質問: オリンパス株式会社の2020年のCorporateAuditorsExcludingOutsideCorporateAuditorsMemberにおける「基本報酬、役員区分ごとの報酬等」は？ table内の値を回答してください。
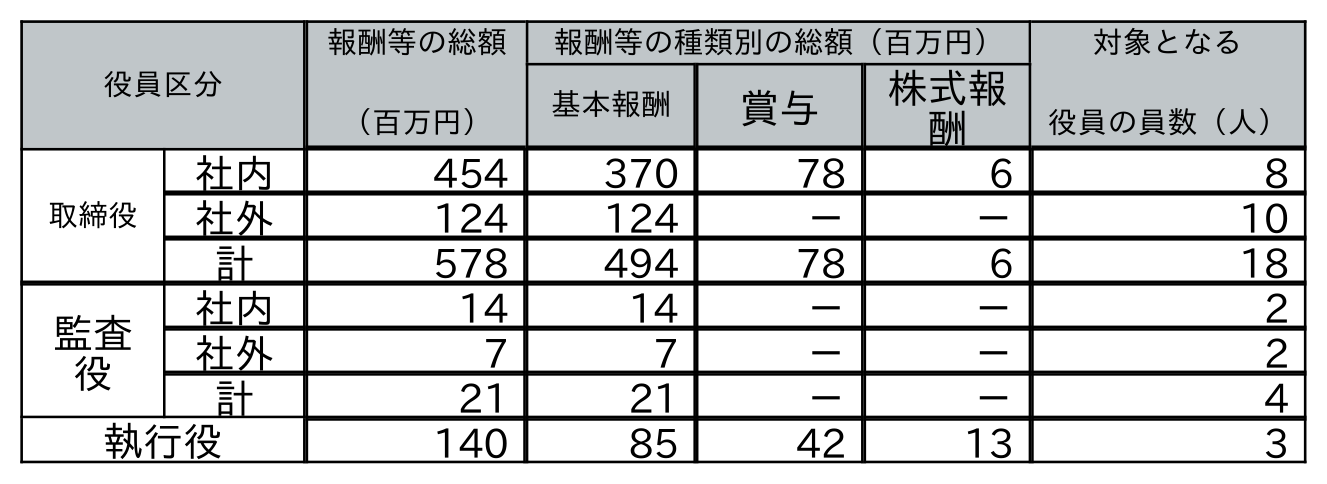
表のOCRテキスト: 役員区分 報酬等の総額 （百万円） 報酬等の種類別の総額（百万円） 対象となる 役員の員数（人） 基本報酬 賞与 株式報 酬 取締役 社内 454 370 78 6 8 社外 124 124 － － 10 計 578 494 78 6 18 監査 役 社内 14 14 － － 2 社外 7 7 － － 2 計 21 21 － － 4 執行役 140 85 42 13 3
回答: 14